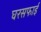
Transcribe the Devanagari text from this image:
घरसफाई